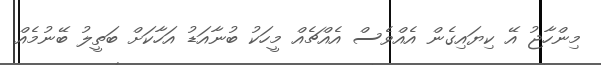
މިންހާޖު އޭ ކިޔައިގެން އެއްވެސް އެއްޗެއް މީހަކު ބުނާއަޑު އަހާކަށް ބަތީލު ބޭނުމެއް